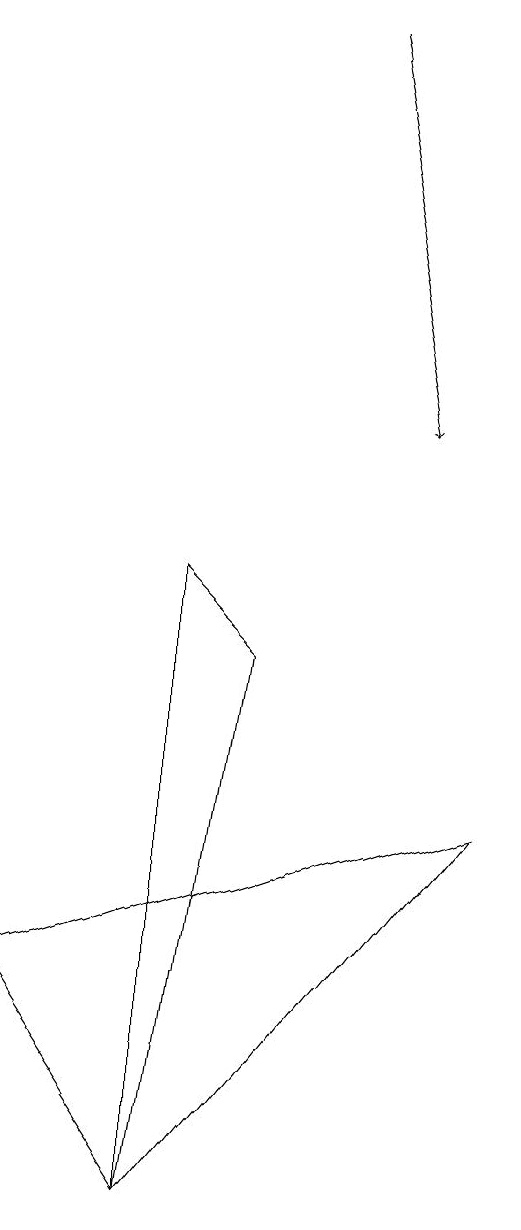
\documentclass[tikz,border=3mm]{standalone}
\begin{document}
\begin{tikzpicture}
\draw (6,5) -- (0,3) -- (2,0) -- cycle;
\draw (2,8) -- (2,0) -- (3,7) -- cycle;
\draw[->] (4,15) -- (5,10);
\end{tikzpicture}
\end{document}